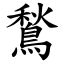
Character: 鶖